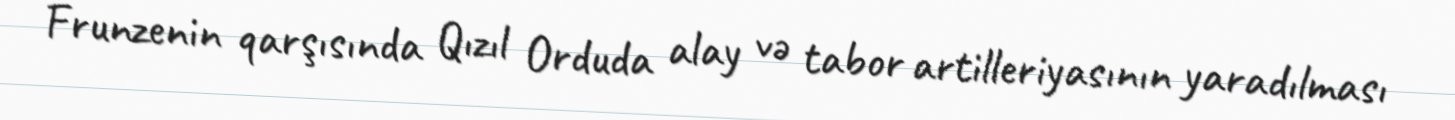
Frunzenin qarşısında Qızıl Orduda alay və tabor artilleriyasının yaradılması